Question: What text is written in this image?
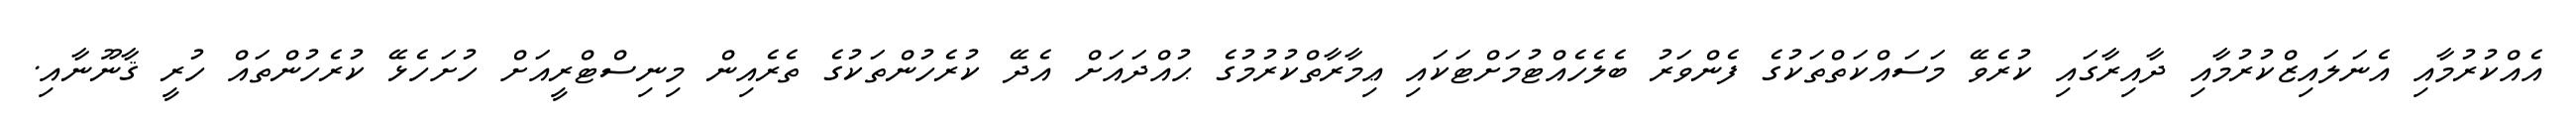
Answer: އެއްކުރުމާއި އެނަލައިޒްކުރުމާއި ދާއިރާގައި ކުރެވޭ މަސައްކަތްތަކުގެ ފެންވަރު ބެލެހެއްޓުމަށްޓަކައި ޢިމާރާތްކުރުމުގެ ޙުއްދައަށް އެދޭ ކުރެހުންތަކުގެ ތެރެއިން މިނިސްޓްރީއަށް ހުށަހެޅޭ ކުރެހުންތައް ހުރީ ޤާނޫނާއި.